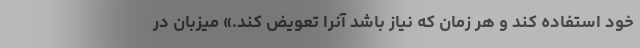
خود استفاده کند و هر زمان که نیاز باشد آنرا تعویض کند.» میزبان در